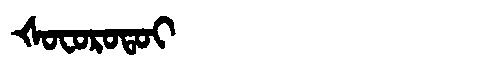
Manchu: ᡧᠣᠸᠣᡵᠣᡨᠣᡳ
Romanization: ŠOFOROTOI